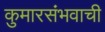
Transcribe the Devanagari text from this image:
कुमारसंभवाची